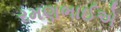
રમણભાઈએ